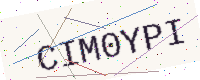
Text: CIM0YPI